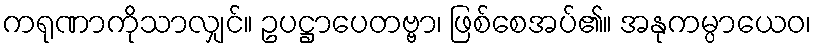
ကရုဏာကိုသာလျှင်။ ဥပဋ္ဌာပေတဗ္ဗာ၊ ဖြစ်စေအပ်၏။ အနုကမ္ပာယေဝ၊